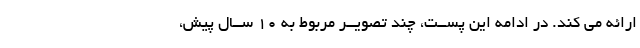
ارائه مى کند. در ادامه این پســت، چند تصویــر مربوط به 10 ســال پیش،